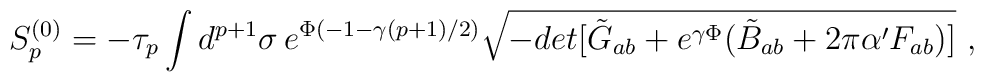
S^{(0)}_p = - \tau_p \int d^{p+1} \sigma \, e^{\Phi (-1 - \gamma (p+1)/2)}\sqrt{-det[\tilde{G}_{ab} + e^{\gamma \Phi} (\tilde{B}_{ab}+ 2 \pi \alpha^{\prime} F_{ab})]}~,